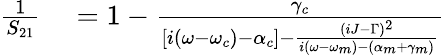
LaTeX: \begin{array}{rl}{\frac{1}{S_{21}}}&{{}=1-\frac{\gamma_{c}}{[i(\omega-\omega_{c})-\alpha_{c}]-\frac{(iJ-\Gamma)^{2}}{i(\omega-\omega_{m})-(\alpha_{m}+\gamma_{m})}}}\end{array}